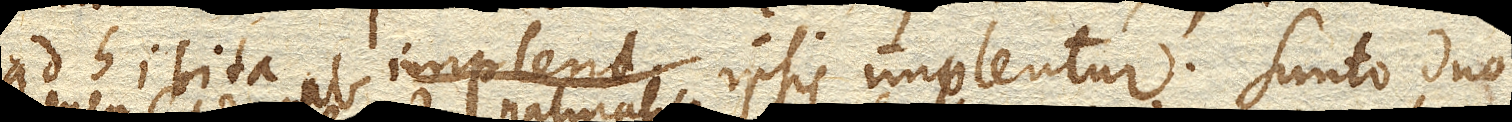
adhibita ab ipsis implentur. Sunto duo